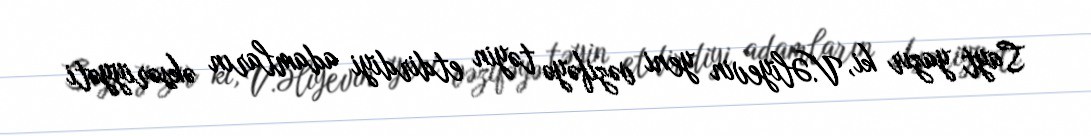
Sayt yazır ki, V.Əliyevin yeni vəzifəyə təyin etdirdiyi adamların əksəriyyəti